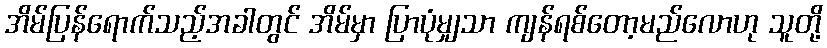
အိမ်ပြန်ရောက်သည့်အခါတွင် အိမ်မှာ ပြာပုံမျှသာ ကျန်ရစ်တော့မည်လောဟု သူတို့